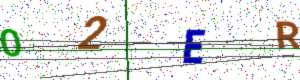
Text: 02ER